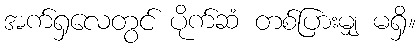
အက်ရှလေတွင် ပိုက်ဆံ တစ်ပြားမျှ မရှိ။